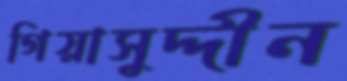
গিয়াসুদ্দীন